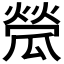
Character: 𤬐